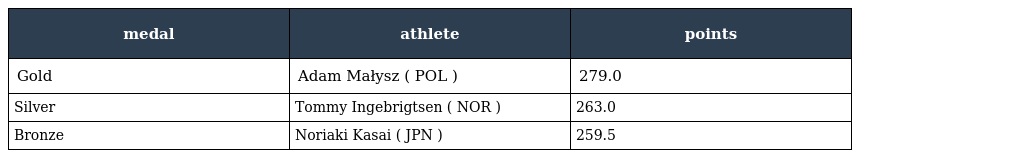
| medal | athlete | points |
 | --- | --- | --- |
 | Gold | Adam Małysz ( POL ) | 279.0 |
 | Silver | Tommy Ingebrigtsen ( NOR ) | 263.0 |
 | Bronze | Noriaki Kasai ( JPN ) | 259.5 |